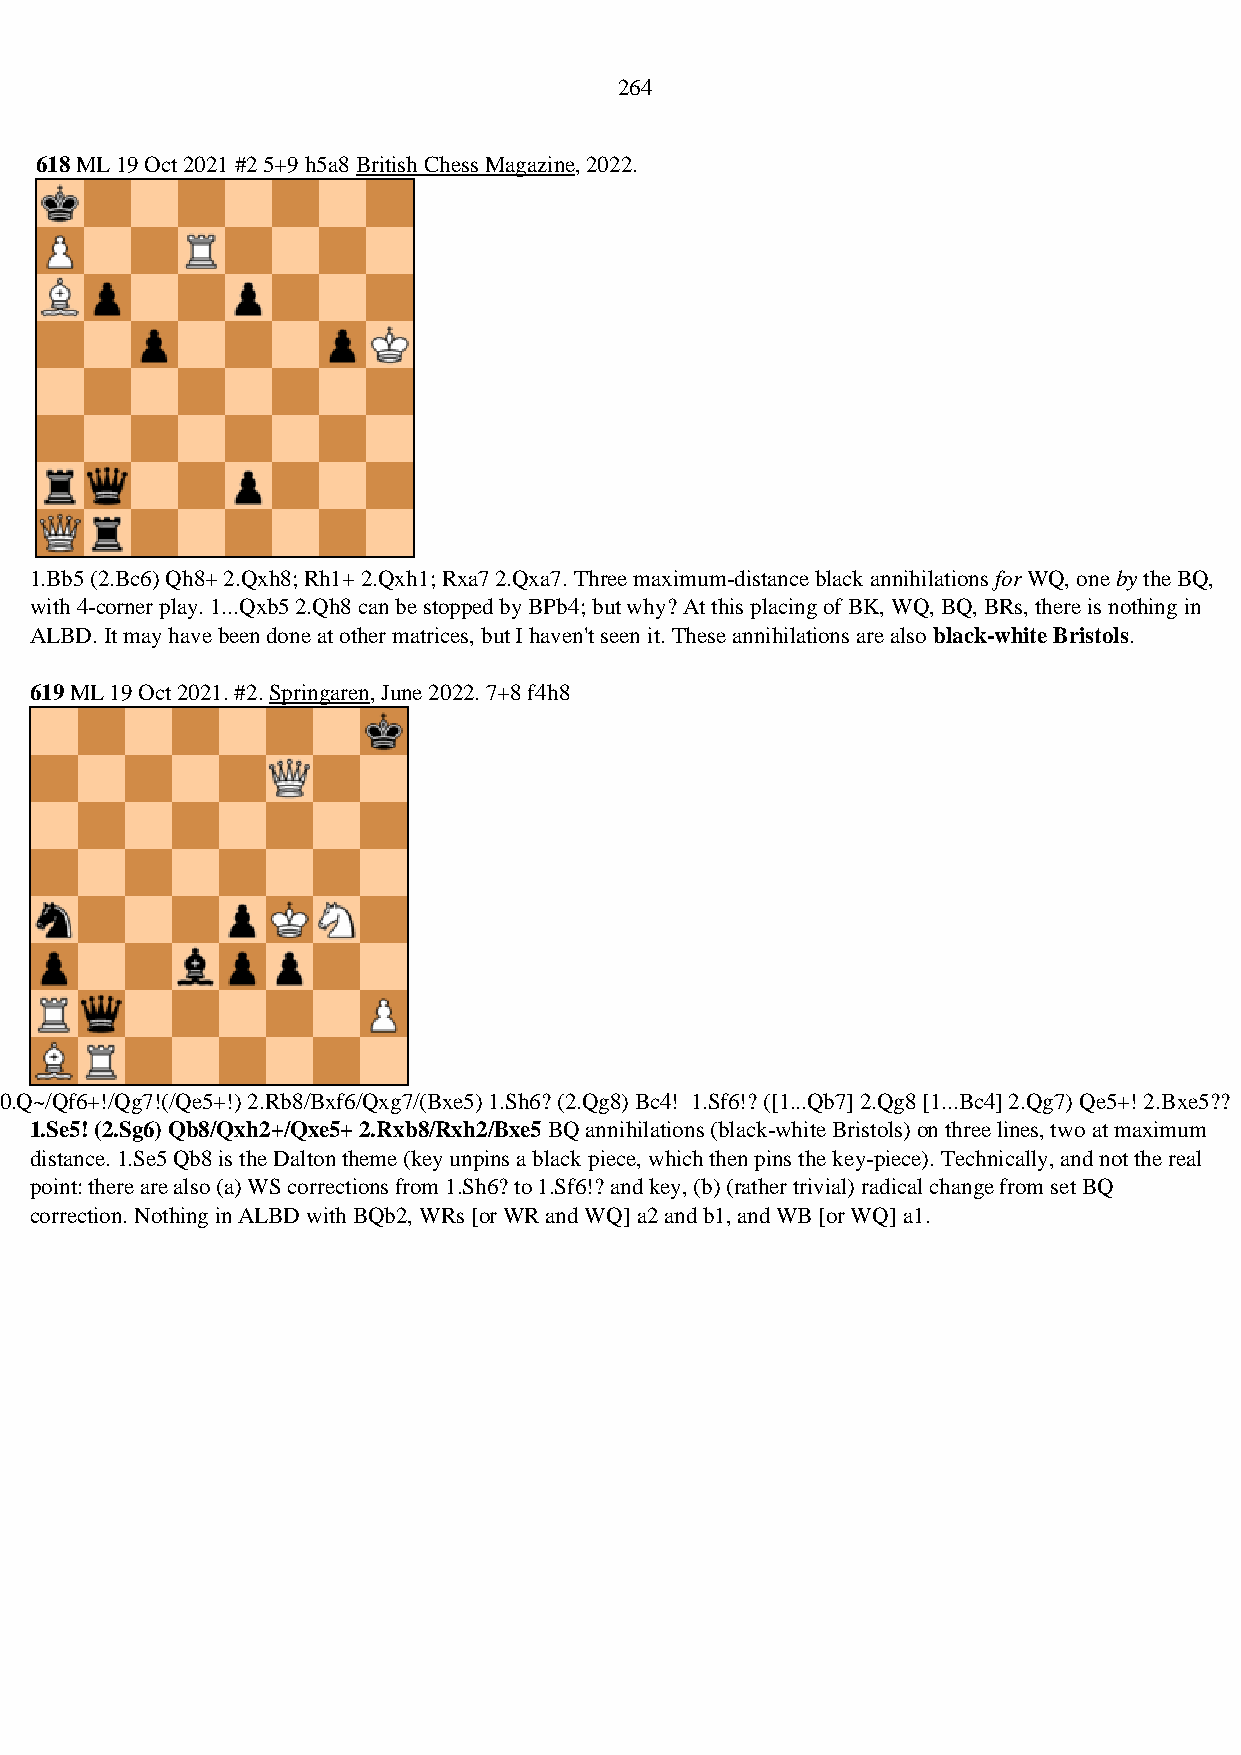
264
 618 ML 19 Oct 2021 #2 5+9 h5a8 British Chess Magazine, 2022.
 1.Bb5 (2.Bc6) Qh8+ 2.Qxh8; Rh1+ 2.Qxh1; Rxa7 2.Qxa7. Three maximum-distance black annihilations for WQ, one by the BQ,
 with 4-corner play. 1...Qxb5 2.Qh8 can be stopped by BPb4; but why? At this placing of BK, WQ, BQ, BRs, there is nothing in
 ALBD. It may have been done at other matrices, but I haven't seen it. These annihilations are also black-white Bristols.
 619 ML 19 Oct 2021. #2. Springaren, June 2022. 7+8 f4h8
 0.Q~/Qf6+!/Qg7!(/Qe5+!) 2.Rb8/Bxf6/Qxg7/(Bxe5) 1.Sh6? (2.Qg8) Bc4! 1.Sf6!? ([1...Qb7] 2.Qg8 [1...Bc4] 2.Qg7) Qe5+! 2.Bxe5??
 1.Se5! (2.Sg6) Qb8/Qxh2+/Qxe5+ 2.Rxb8/Rxh2/Bxe5 BQ annihilations (black-white Bristols) on three lines, two at maximum
 distance. 1.Se5 Qb8 is the Dalton theme (key unpins a black piece, which then pins the key-piece). Technically, and not the real
 point: there are also (a) WS corrections from 1.Sh6? to 1.Sf6!? and key, (b) (rather trivial) radical change from set BQ
 correction. Nothing in ALBD with BQb2, WRs [or WR and WQ] a2 and b1, and WB [or WQ] a1.